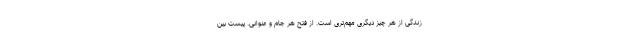
زندگی از هر چیز دیگری مهم‌تری است. از فتح هر جام و عنوانی. پیست بین